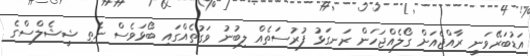
އަޑުބަރޭވަނީ ރާއްޖެއަށް ގޯލެއްޖަހަން ރަނގަޅު ފުރުސަތެއް ލިބުނު ވަގުތެއްގައި ބޯޅަވެސް ނެތި ޝީޝެލްސްގެ